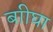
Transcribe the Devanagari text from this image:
बाीघा